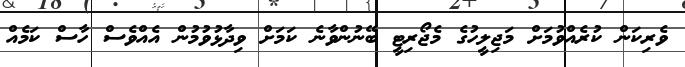
ވެރިކަން ކުރެއްވުމަށް މަޖިލީހުގެ މެޖޯރިޓީ ބޭނުންވާނެ ކަމަށް ވިދާޅުވުމުން އެއްވެސް ހާސް ކަމެއް